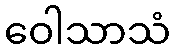
ဝေါသာသံ